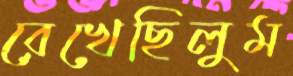
রেখেছিলুম